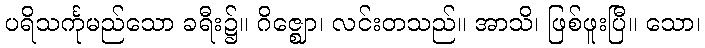
ပရိသင်္ကုမည်သော ခရီး၌။ ဂိဇ္ဈော၊ လင်းတသည်။ အာသိ၊ ဖြစ်ဖူးပြီ။ သော၊